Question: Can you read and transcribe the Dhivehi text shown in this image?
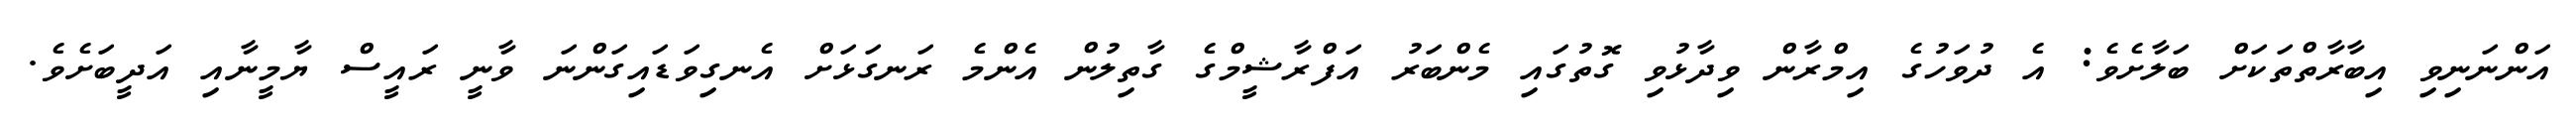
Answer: އަންނަނިވި އިބާރާތްތަކަށް ބަލާށެވެ: އެ ދުވަހުގެ އިމްރާން ވިދާޅުވި ގޮތުގައި މެންބަރު އަފްރާޝީމްގެ ގާތިލުން އެންމެ ރަނގަޅަށް އެނގިވަޑައިގަންނަ ވާނީ ރައީސް ޔާމީނާއި އަދީބަށެވެ.